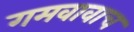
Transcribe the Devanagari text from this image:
गमवावाच